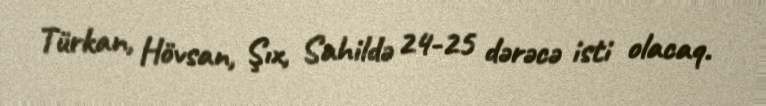
Türkan, Hövsan, Şıx, Sahildə 24-25 dərəcə isti olacaq.